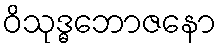
ဝိသုဒ္ဓဘောဇနော